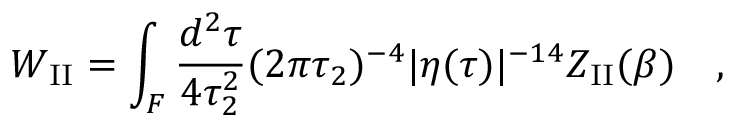
W _ { \mathrm { I I } } = \int _ { \cal F } { \frac { d ^ { 2 } \tau } { 4 \tau _ { 2 } ^ { 2 } } } ( 2 \pi \tau _ { 2 } ) ^ { - 4 } | \eta ( \tau ) | ^ { - 1 4 } Z _ { \mathrm { I I } } ( \beta ) \quad ,